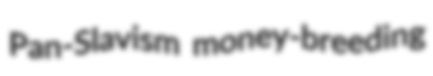
Pan-Slavism money-breeding